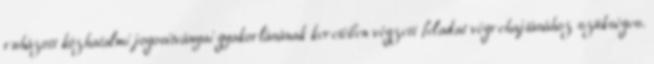
ruházott közhatalmi jogosítványai gyakorlásának keretében végzett feladat végrehajtásához szükséges.